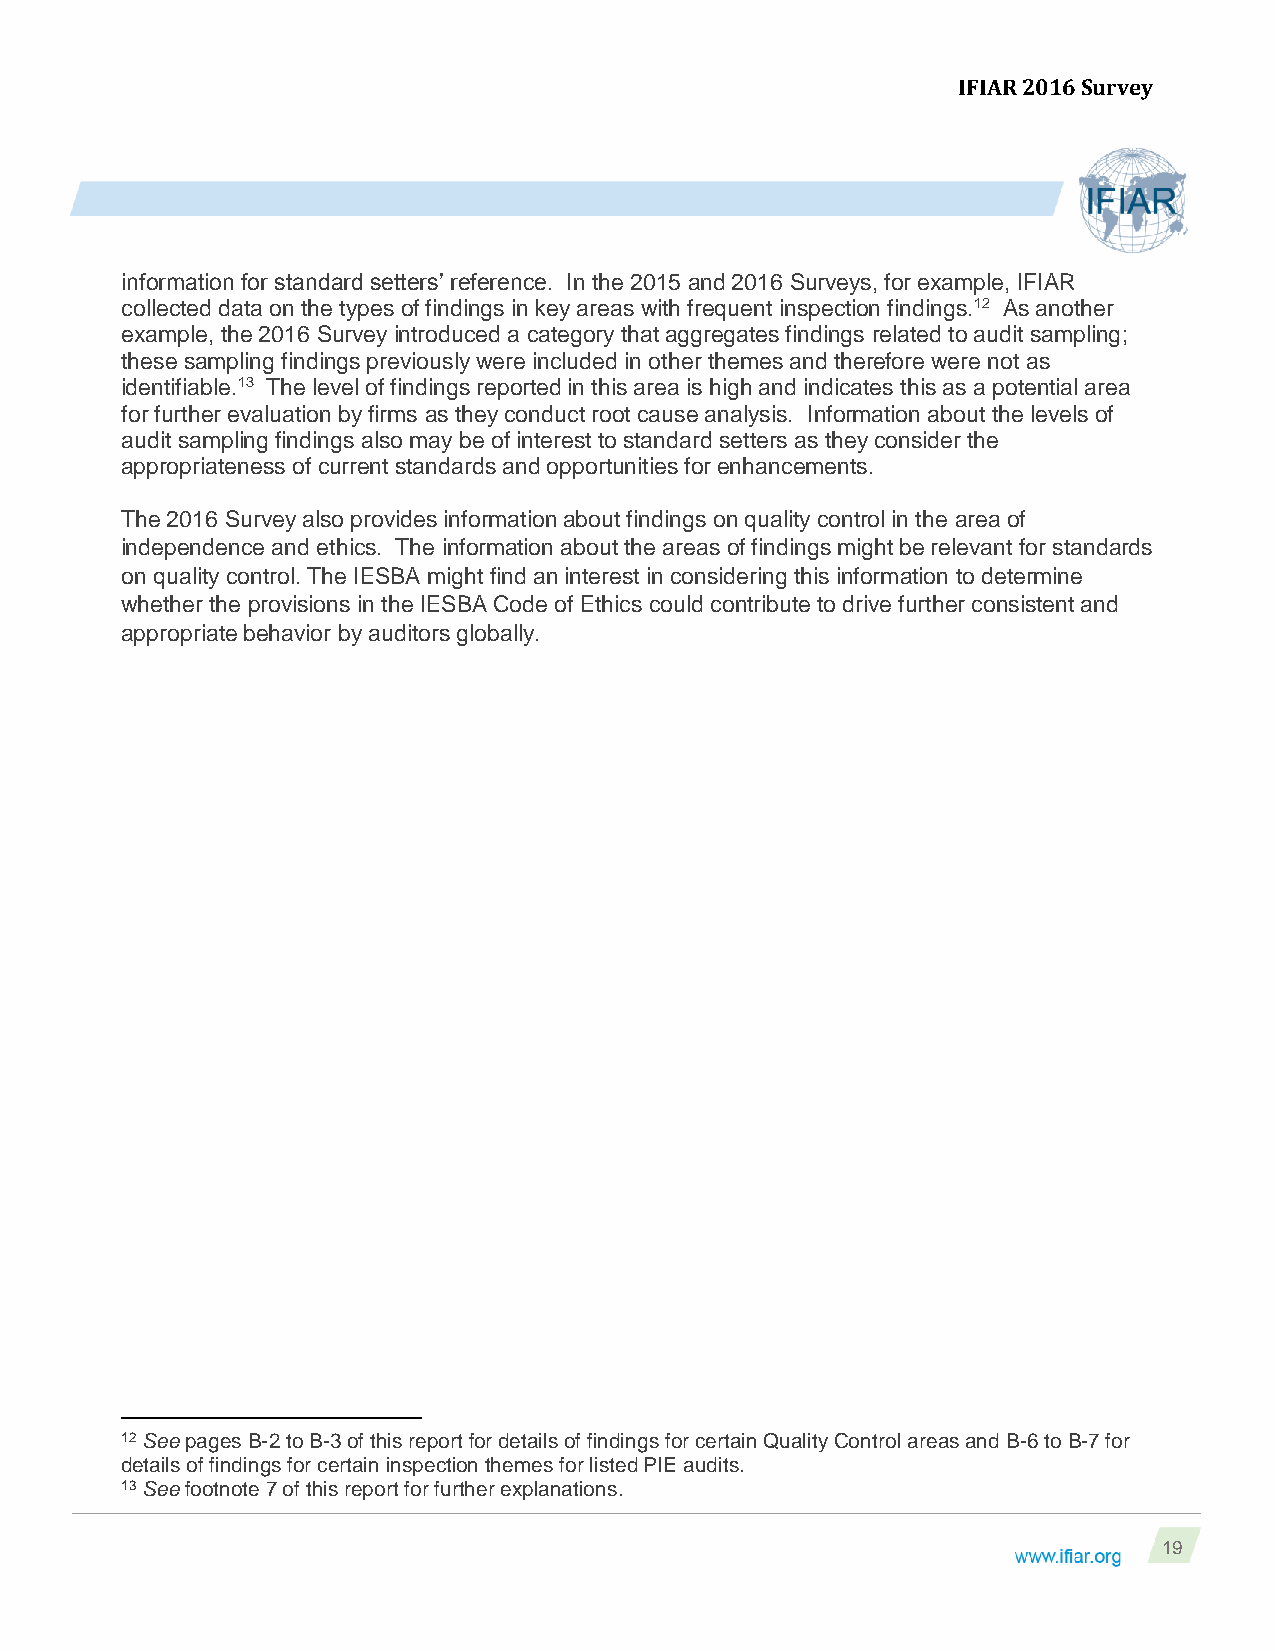
IFIAR 2016 Survey
 information for standard setters’ reference. In the 2015 and 2016 Surveys, for example, IFIAR
 collected data on the types of findings in key areas with frequent inspection findings.12 As another
 example, the 2016 Survey introduced a category that aggregates findings related to audit sampling;
 these sampling findings previously were included in other themes and therefore were not as
 identifiable.13 The level of findings reported in this area is high and indicates this as a potential area
 for further evaluation by firms as they conduct root cause analysis. Information about the levels of
 audit sampling findings also may be of interest to standard setters as they consider the
 appropriateness of current standards and opportunities for enhancements.
 The 2016 Survey also provides information about findings on quality control in the area of
 independence and ethics. The information about the areas of findings might be relevant for standards
 on quality control. The IESBA might find an interest in considering this information to determine
 whether the provisions in the IESBA Code of Ethics could contribute to drive further consistent and
 appropriate behavior by auditors globally.
 12 See pages B-2 to B-3 of this report for details of findings for certain Quality Control areas and B-6 to B-7 for
 details of findings for certain inspection themes for listed PIE audits.
 13 See footnote 7 of this report for further explanations.
 19